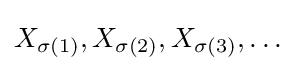
X_{\sigma (1)},X_{\sigma (2)},X_{\sigma (3)},\dots